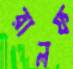
রালফ